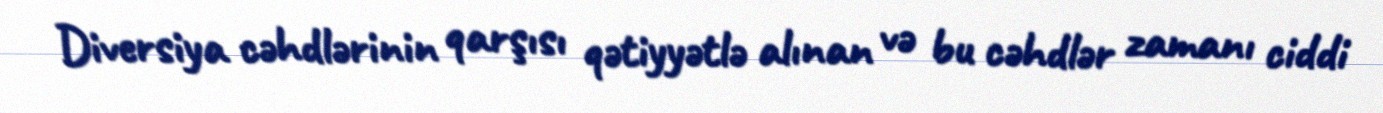
Diversiya cəhdlərinin qarşısı qətiyyətlə alınan və bu cəhdlər zamanı ciddi